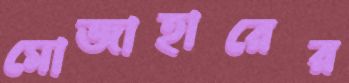
মোজাহারের